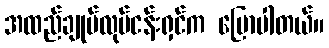
အထည်ချုပ်လုပ်ငန်းရှင်က ပြောပါတယ်။